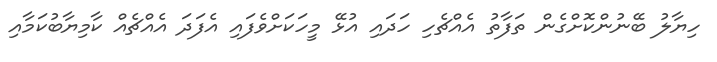
ހިޔާލު ބޭނުންކޮށްގެން ތަފާތު އެއްޗެހި ހަދައި އުޅޭ މީހަކަށްވެފައި އެފަދަ އެއްޗެއް ކާމިޔާބުކަމާއި